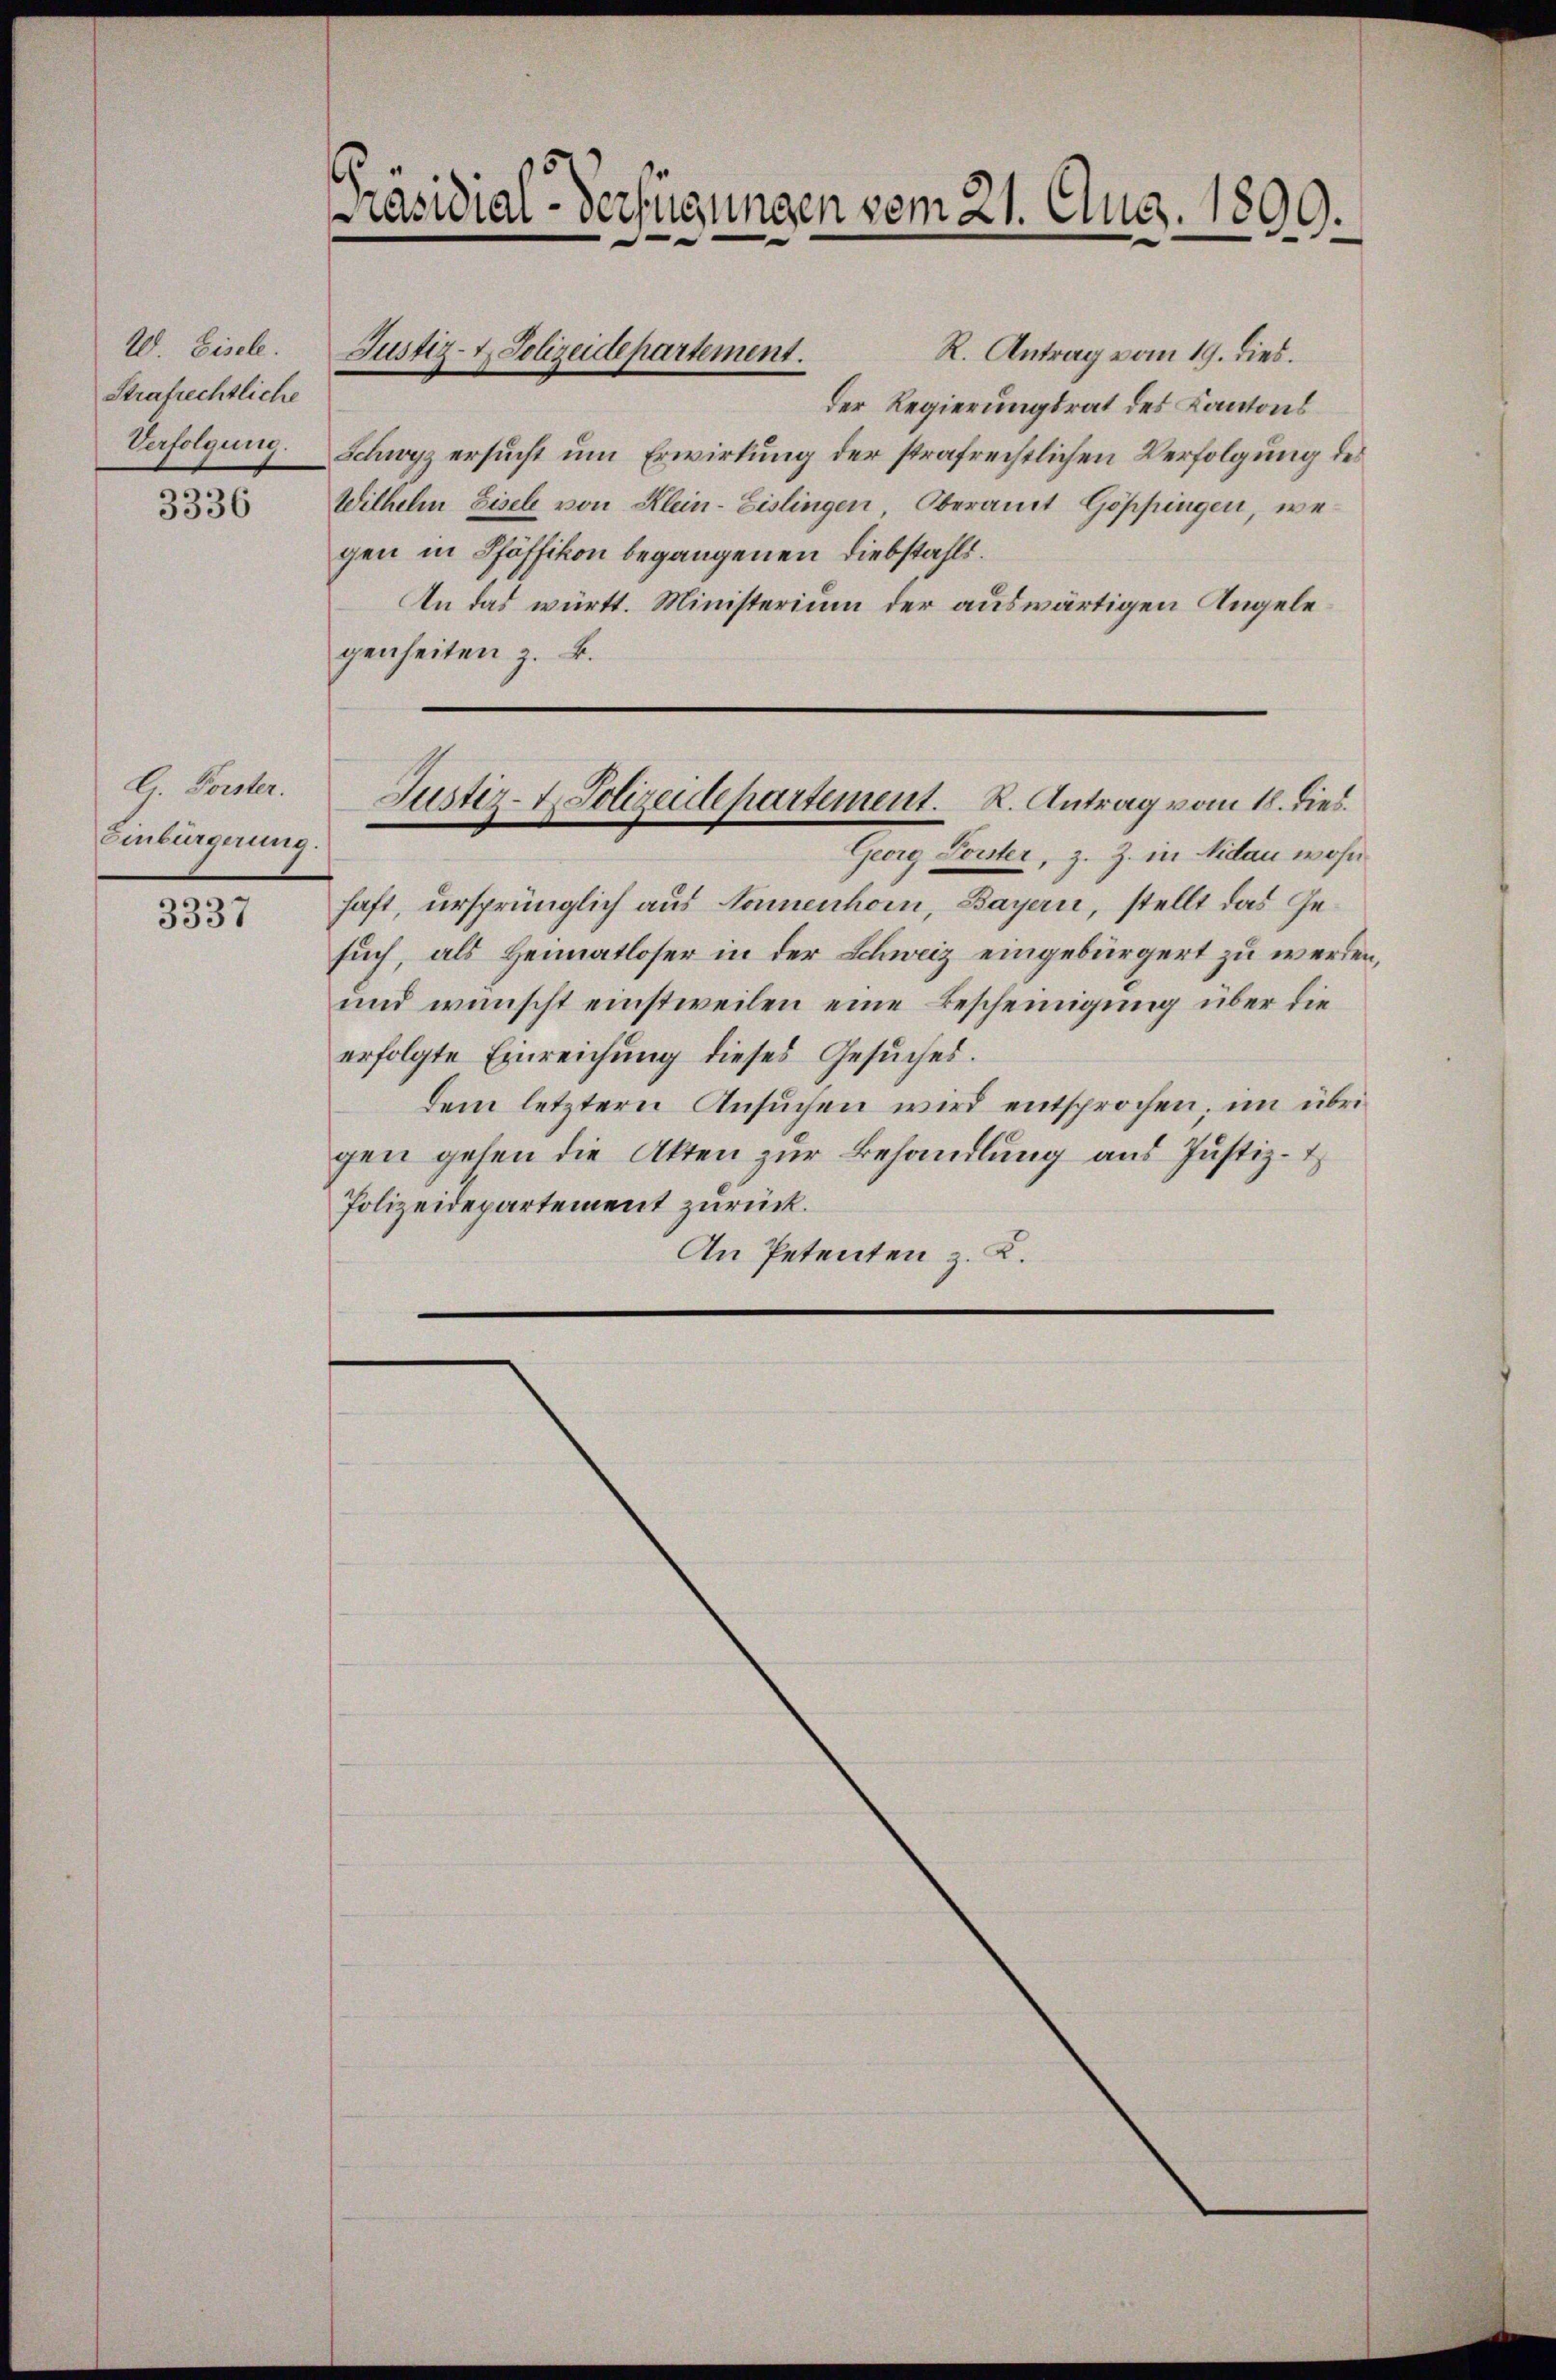
20. Eisele.
Strafrechtliche
Verfolgung.

3336

G. Forster.
Einbürgerung.

3337

Präsidial-Verfügungen vom 21. Aug. 1809.

R. Antrag vom 19. dies.
Der Regierungsrat des Kantons
Schwyz ersucht um Erwirkung der strafrechtlichen Verfolgung des
Wilhelm Fisch von Klein-Eislingen Oberamt Göppingen, wegen in Pfäffikon begangenen Liebstahls.
An das württ. Ministerium der auswärtigen Angelegenheiten z. B.

Justiz- & Polizeidepartement.

Justiz-t. Polizeidepartement. R. Antrag vom 18. dies

Georg Fonter, z. Z. in Nidau wohn
haft, ursprünglich aus Sonnenhorn, Bayern, stellt das Gesuch, als Heimatloser in der Schweiz eingebürgert zu werden,
und wünscht einstweilen eine Bescheinigung über die
erfolgte Einreichung dieses Gesuches.
dem letztern Ansuchen wird entsprochen, im übrigen gehen die Akten zur Behandlung aus Justiz-
Polizeidepartement zurück.
An Petenten z. K.